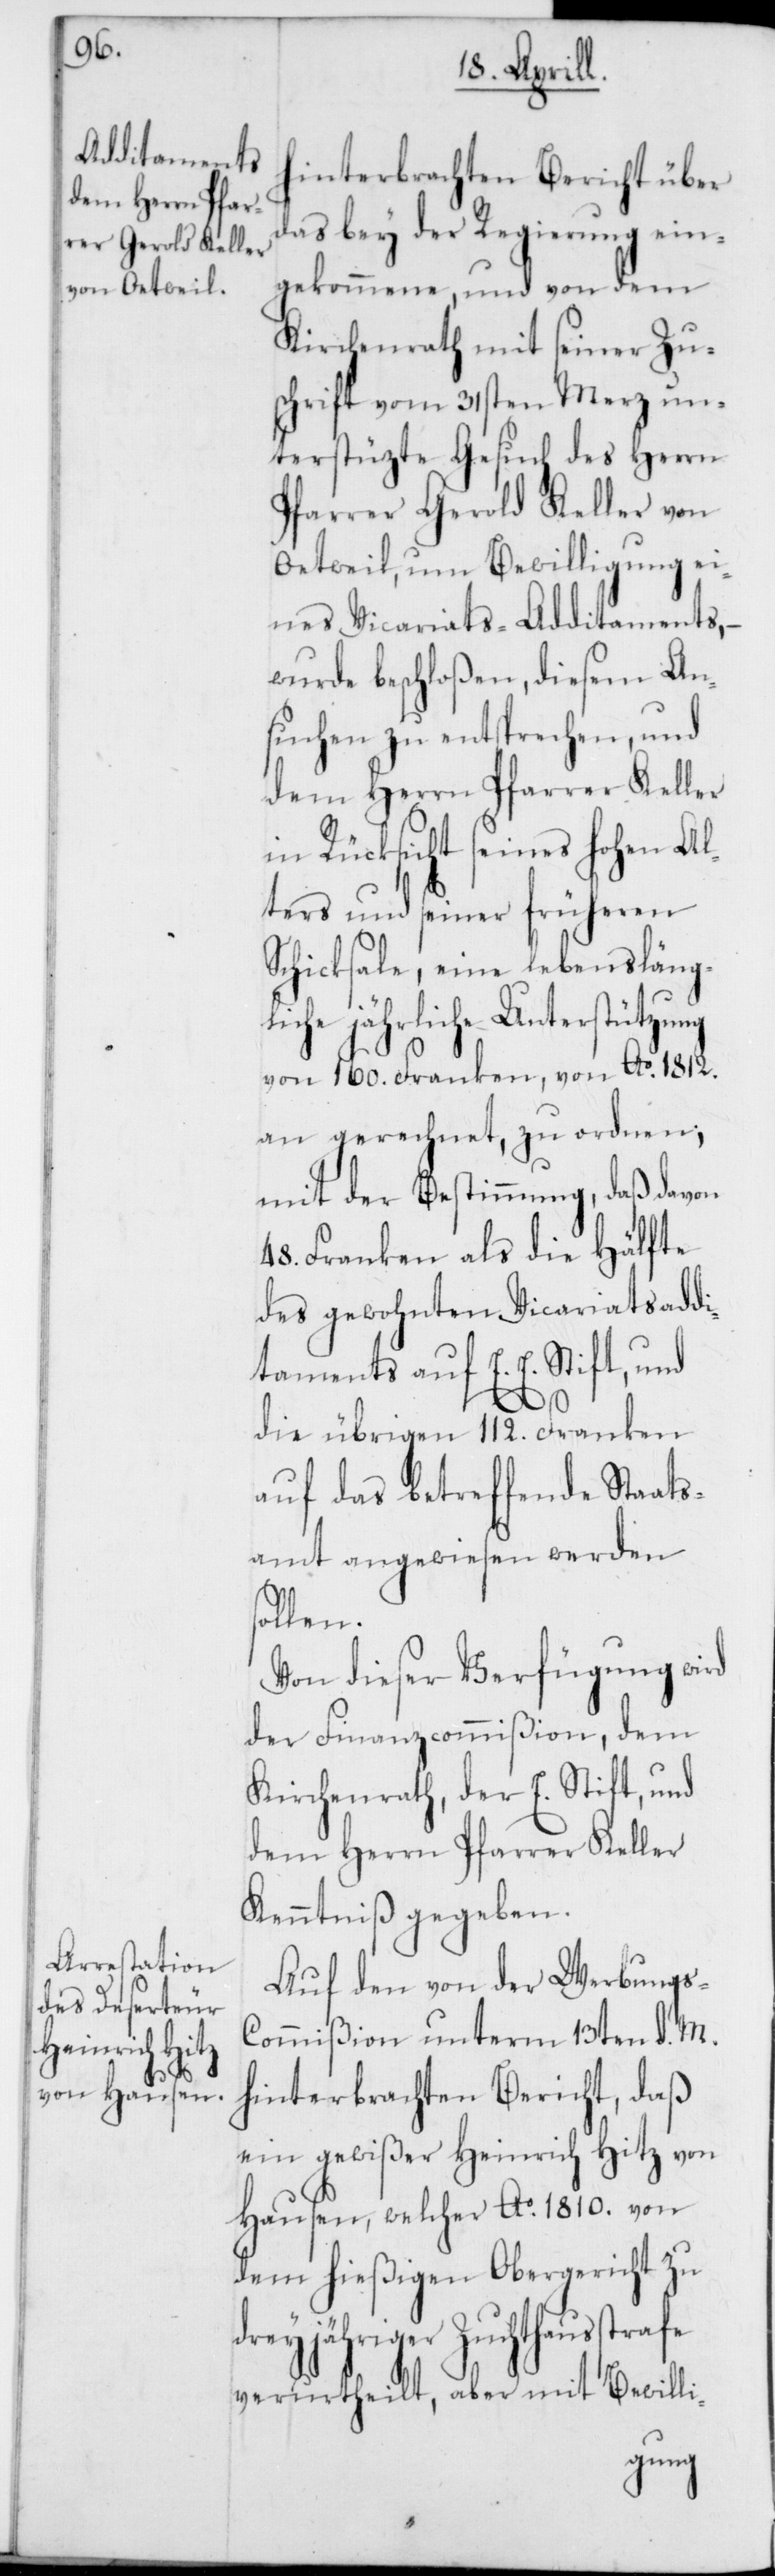
s¬

hinterbrachten Bericht über
das bey der Regierung ein¬
gekommene, und von dem
Kirchenrath mit seiner Zu¬
schrift vom 31sten Merz un¬
terstützte Gesuch des Herrn
Pfarrer Gerold Keller von
Oetweil, um Bewilligung ei¬
nes Vicariats-Additaments, –
wurde beschloßen, diesem An¬
suchen zu entsprechen, und
dem Herrn Pfarrer Keller
in Rücksicht seines hohen Al¬
ters und seiner früheren
Schicksale, eine lebensläng¬
liche jährliche Unterstützung
von 160. Franken, von Ao 1812.
an gerechnet, zu ordnen;
mit der Bestimmung, daß davon
48. Franken als die Hälfte
des gewohnten Vicariatsaddi¬
taments auf E. E. Stift, und
die übrigen 112. Franken
auf das betreffende Staats¬
amt angewiesen werden
llen.
Von dieser Verfügung wird
der Finanzcommißion, dem
Kirchenrath, der E. Stift und
dem Herrn Pfarrer Keller
Kenntniß gegeben.
Auf den von der Werbungs-C¬
ommißion unterm 13ten d. M.
hinterbrachten Bericht, daß
ein gewißer Heinrich Hitz von
Hausen, welcher Ao 1810. von
dem hießigen Obergericht zu
strafe
dreyjähriger Zuchthau¬
verurtheilt, aber mit Bewilli-